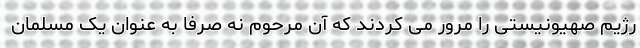
رژیم صهیونیستی را مرور می کردند که آن مرحوم نه صرفا به عنوان یک مسلمان